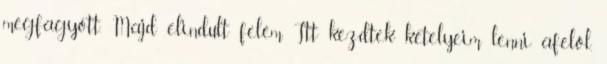
megfagyott. Majd elindult felém. Itt kezdtek kételyeim lenni afelől,